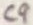
Text: C9